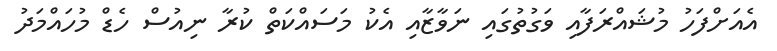
އެއަށްފަހު މުޝައްރަފާއި ވަގުތުގައި ނަވާޒާއި އެކު މަސައްކަތް ކުރާ ނިއުސް ހެޑް މުހައްމަދު